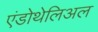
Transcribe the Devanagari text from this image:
एंडोथेलिअल